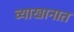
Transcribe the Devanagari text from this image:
व्याखानात